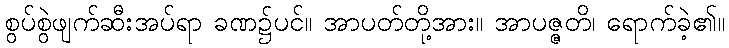
စွပ်စွဲဖျက်ဆီးအပ်ရာ ခဏ၌ပင်။ အာပတ်တို့အား။ အာပဇ္ဇတိ၊ ရောက်ခဲ့၏။